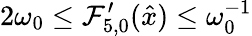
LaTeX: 2\omega_{0}\leq{\mathcal{F}}_{5,0}^{\prime}(\hat{{x}})\leq\omega_{0}^{-1}